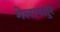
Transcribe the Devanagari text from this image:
मेलापतुर